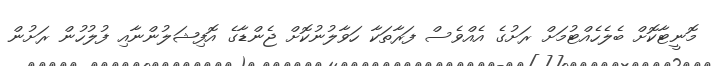
މޮނީޓާކޮށް ބެލެހެއްޓުމަށް ރަށުގެ އެއްވެސް ފަރާތަކާ ހަވާލުނުކޮށް ޖެންޑާގެ އޮފިޝަލުންނާއި ފުލުހުން ރަށުން